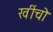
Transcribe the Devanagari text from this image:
खींचो